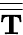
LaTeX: \overline{{\overline{{\mathbf{T}}}}}